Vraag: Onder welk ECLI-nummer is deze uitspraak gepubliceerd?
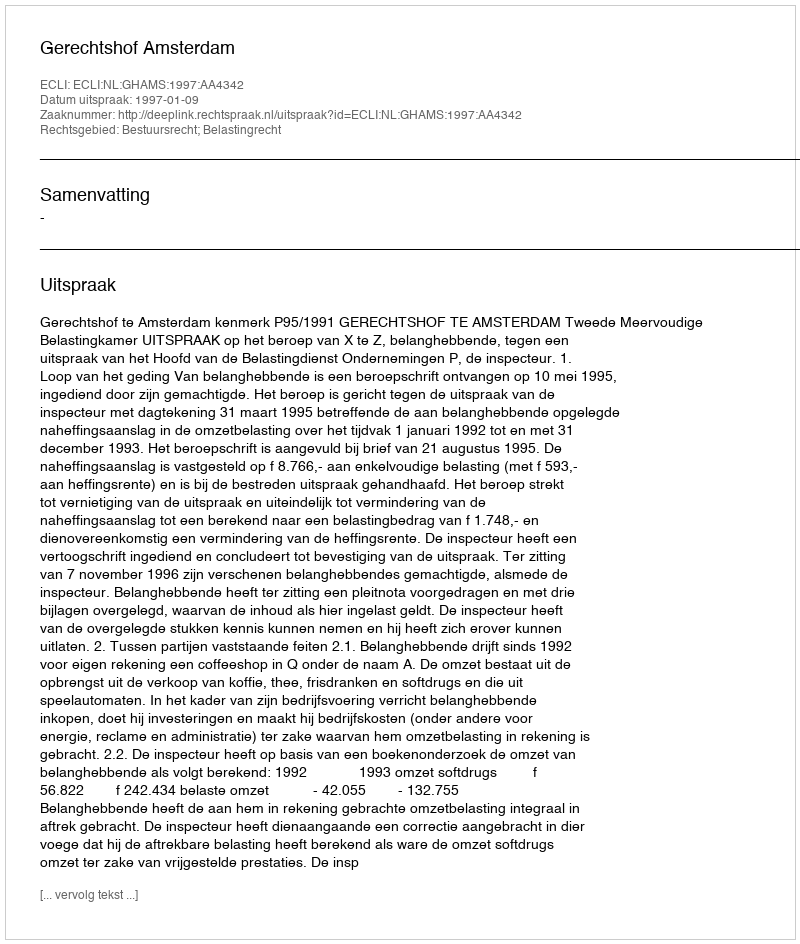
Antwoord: ECLI:NL:GHAMS:1997:AA4342